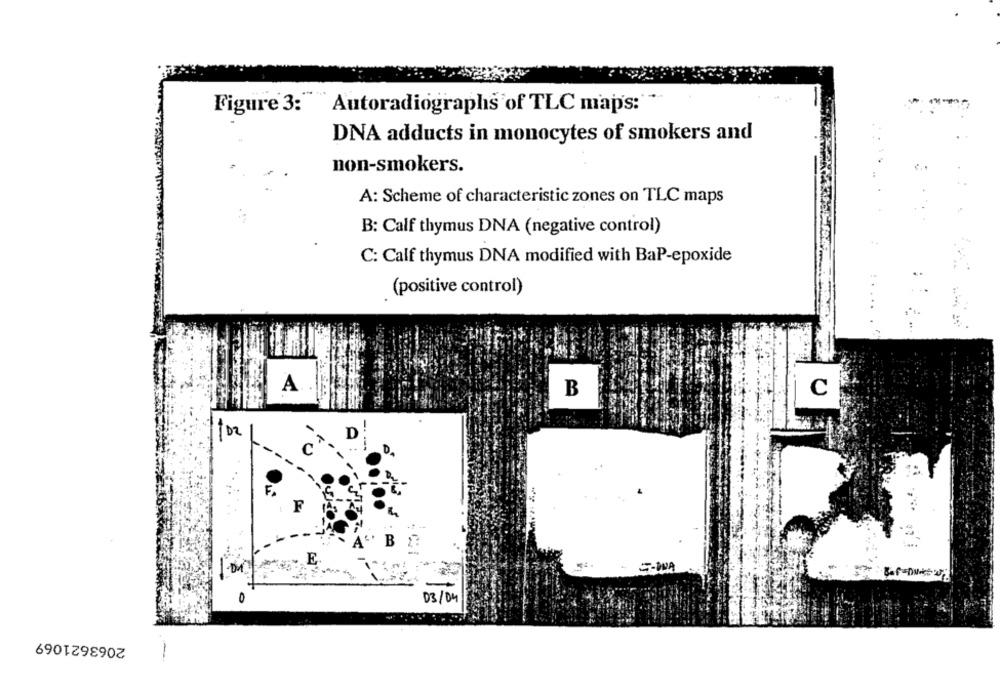
Figure 3:
Autoradiographs of TLC maps:
DNA adducts in monocytes of smokers and
non-smokers.
A: Scheme of characteristic zones on TLC maps
B: Calf thymus DNA (negative control)
C: Calf thymus DNA modified with BaP-epoxide
(positive control)
A
B
C
--
03/04
2063621069